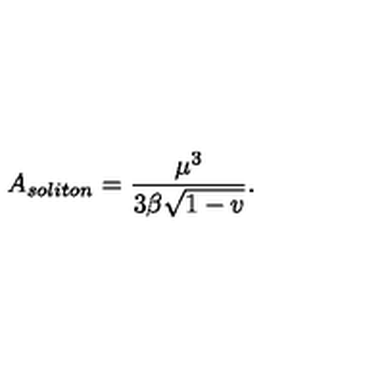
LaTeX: A _ { s o l i t o n } = \frac { \mu ^ { 3 } } { 3 \beta \sqrt { 1 - v } } .